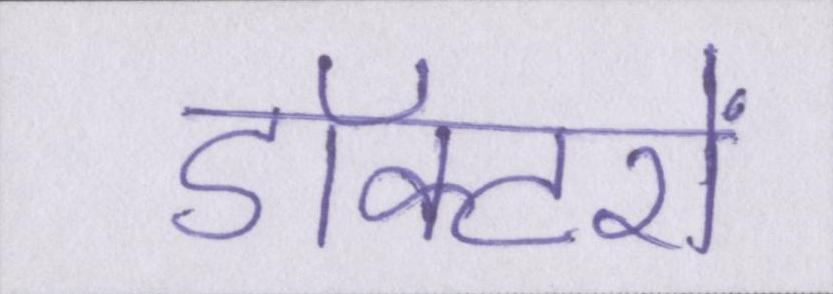
डॉक्टरों